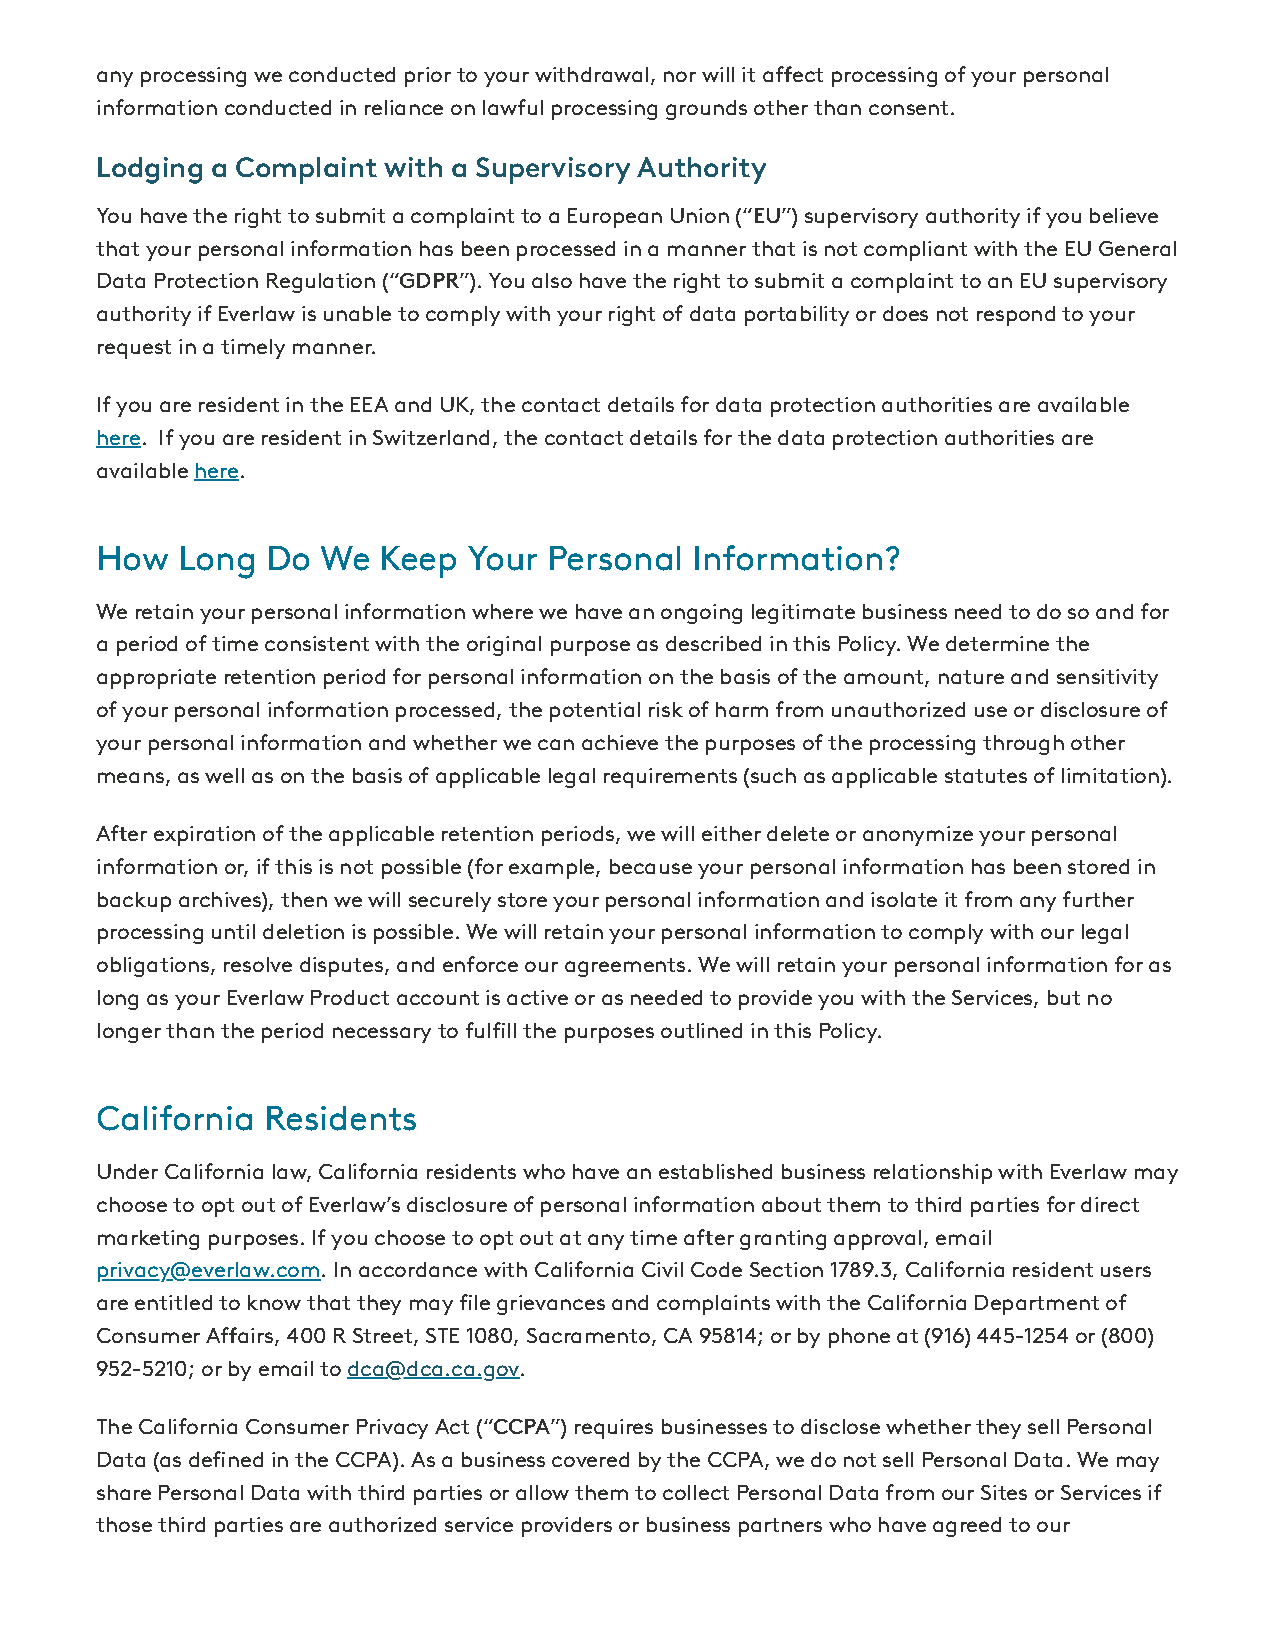
any processing we conducted prior to your withdrawal, nor will it aect processing of your personal
 information conducted in reliance on lawful processing grounds other than consent.
 Lodging a Complaint with a Supervisory Authority
 You have the right to submit a complaint to a European Union (“EU”) supervisory authority if you believe
 that your personal information has been processed in a manner that is not compliant with the EU General
 Data Protection Regulation (“GDPR”). You also have the right to submit a complaint to an EU supervisory
 authority if Everlaw is unable to comply with your right of data portability or does not respond to your
 request in a timely manner.
 If you are resident in the EEA and UK, the contact details for data protection authorities are available
 here. If you are resident in Switzerland, the contact details for the data protection authorities are
 available here.
 How   Long  Do We  Keep  Your Personal  Information?
 We retain your personal information where we have an ongoing legitimate business need to do so and for
 a period of time consistent with the original purpose as described in this Policy. We determine the
 appropriate retention period for personal information on the basis of the amount, nature and sensitivity
 of your personal information processed, the potential risk of harm from unauthorized use or disclosure of
 your personal information and whether we can achieve the purposes of the processing through other
 means, as well as on the basis of applicable legal requirements (such as applicable statutes of limitation).
 Aer expiration of the applicable retention periods, we will either delete or anonymize your personal
 information or, if this is not possible (for example, because your personal information has been stored in
 backup archives), then we will securely store your personal information and isolate it from any further
 processing until deletion is possible. We will retain your personal information to comply with our legal
 obligations, resolve disputes, and enforce our agreements. We will retain your personal information for as
 long as your Everlaw Product account is active or as needed to provide you with the Services, but no
 longer than the period necessary to fulll the purposes outlined in this Policy.
 California Residents
 Under California law, California residents who have an established business relationship with Everlaw may
 choose to opt out of Everlaw’s disclosure of personal information about them to third parties for direct
 marketing purposes. If you choose to opt out at any time aer granting approval, email
 privacy@everlaw.com. In accordance with California Civil Code Section 1789.3, California resident users
 are entitled to know that they may le grievances and complaints with the California Department of
 Consumer Aairs, 400 R Street, STE 1080, Sacramento, CA 95814; or by phone at (916) 445-1254 or (800)
 952-5210; or by email to dca@dca.ca.gov.
 The California Consumer Privacy Act (“CCPA”) requires businesses to disclose whether they sell Personal
 Data (as dened in the CCPA). As a business covered by the CCPA, we do not sell Personal Data. We may
 share Personal Data with third parties or allow them to collect Personal Data from our Sites or Services if
 those third parties are authorized service providers or business partners who have agreed to our